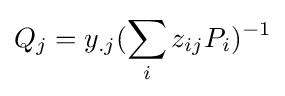
Q_{j}=y_{.j}(\sum _{i}z_{ij}P_{i})^{-1}